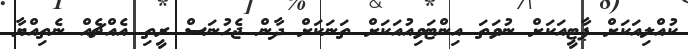
ކުއްލިއަކަށް ޕާޓީއަކަށް ނުވަތަ އިންޓަވިއުއަކަށް ތަނަކަށް ދާން ޖެހުނަސް ރީތި އެއްޗެއް ނެތިއްޔާ